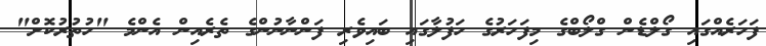
ފަހަރެއްގައި ގޯލްޑެން ގްލޯބްގެ މިފަހަރުގެ ހަފުލާގައި ބައިވެރި ފަންނާނުންގެ ތެރެއިން އެންމެ "ހުތުރުކޮށް"